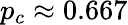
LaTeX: p_{c}\approx 0.667